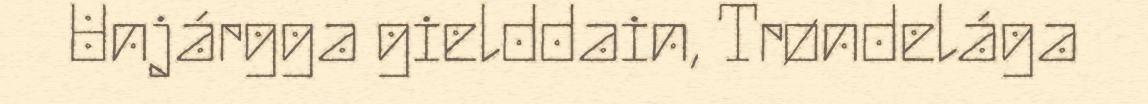
Unjárgga gielddain, Trøndelága